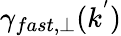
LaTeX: \gamma_{fast,\perp}(k^{'})